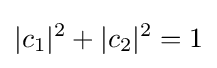
|c_{1}|^{2}+|c_{2}|^{2}=1